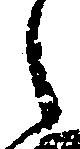
之